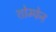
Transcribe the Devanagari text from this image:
शोम्पेन